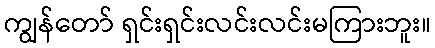
ကျွန်တော် ရှင်းရှင်းလင်းလင်းမကြားဘူး။